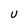
Character: U